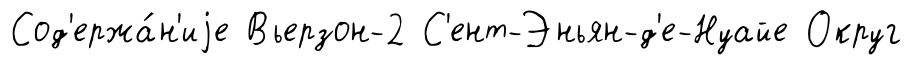
Сод'ержа́н'иjе Вьерзон-2 С'ент-Эньян-д'е-Нуайе Округ